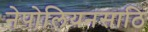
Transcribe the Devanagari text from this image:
नेपोलियनसाठि